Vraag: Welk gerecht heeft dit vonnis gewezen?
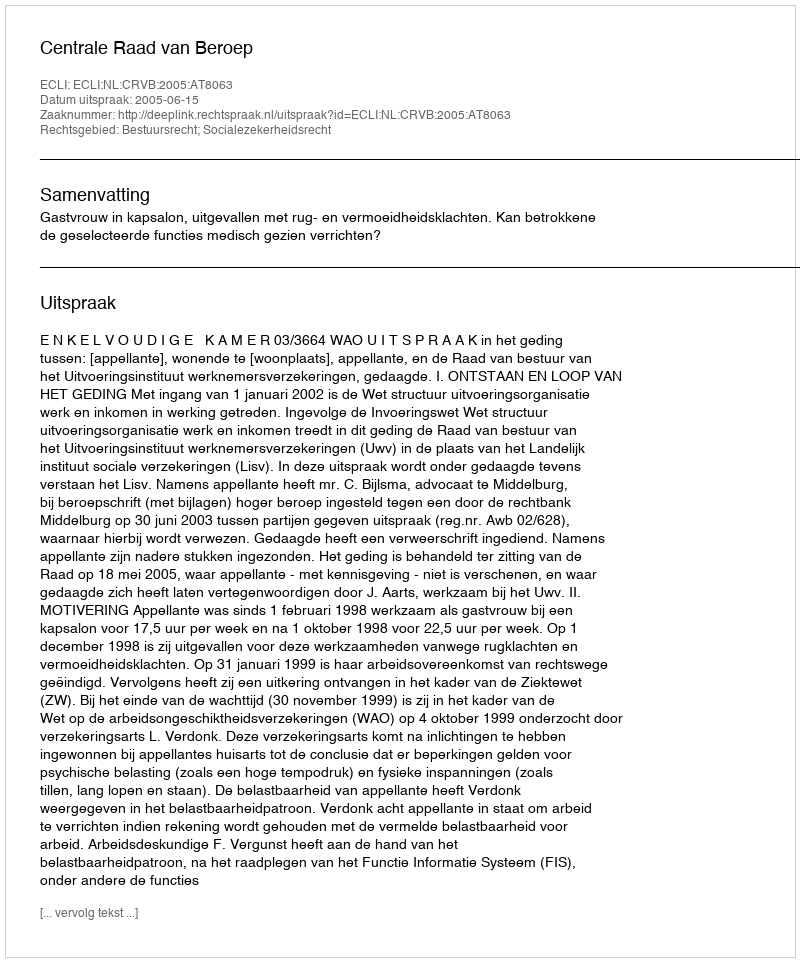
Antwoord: Centrale Raad van Beroep